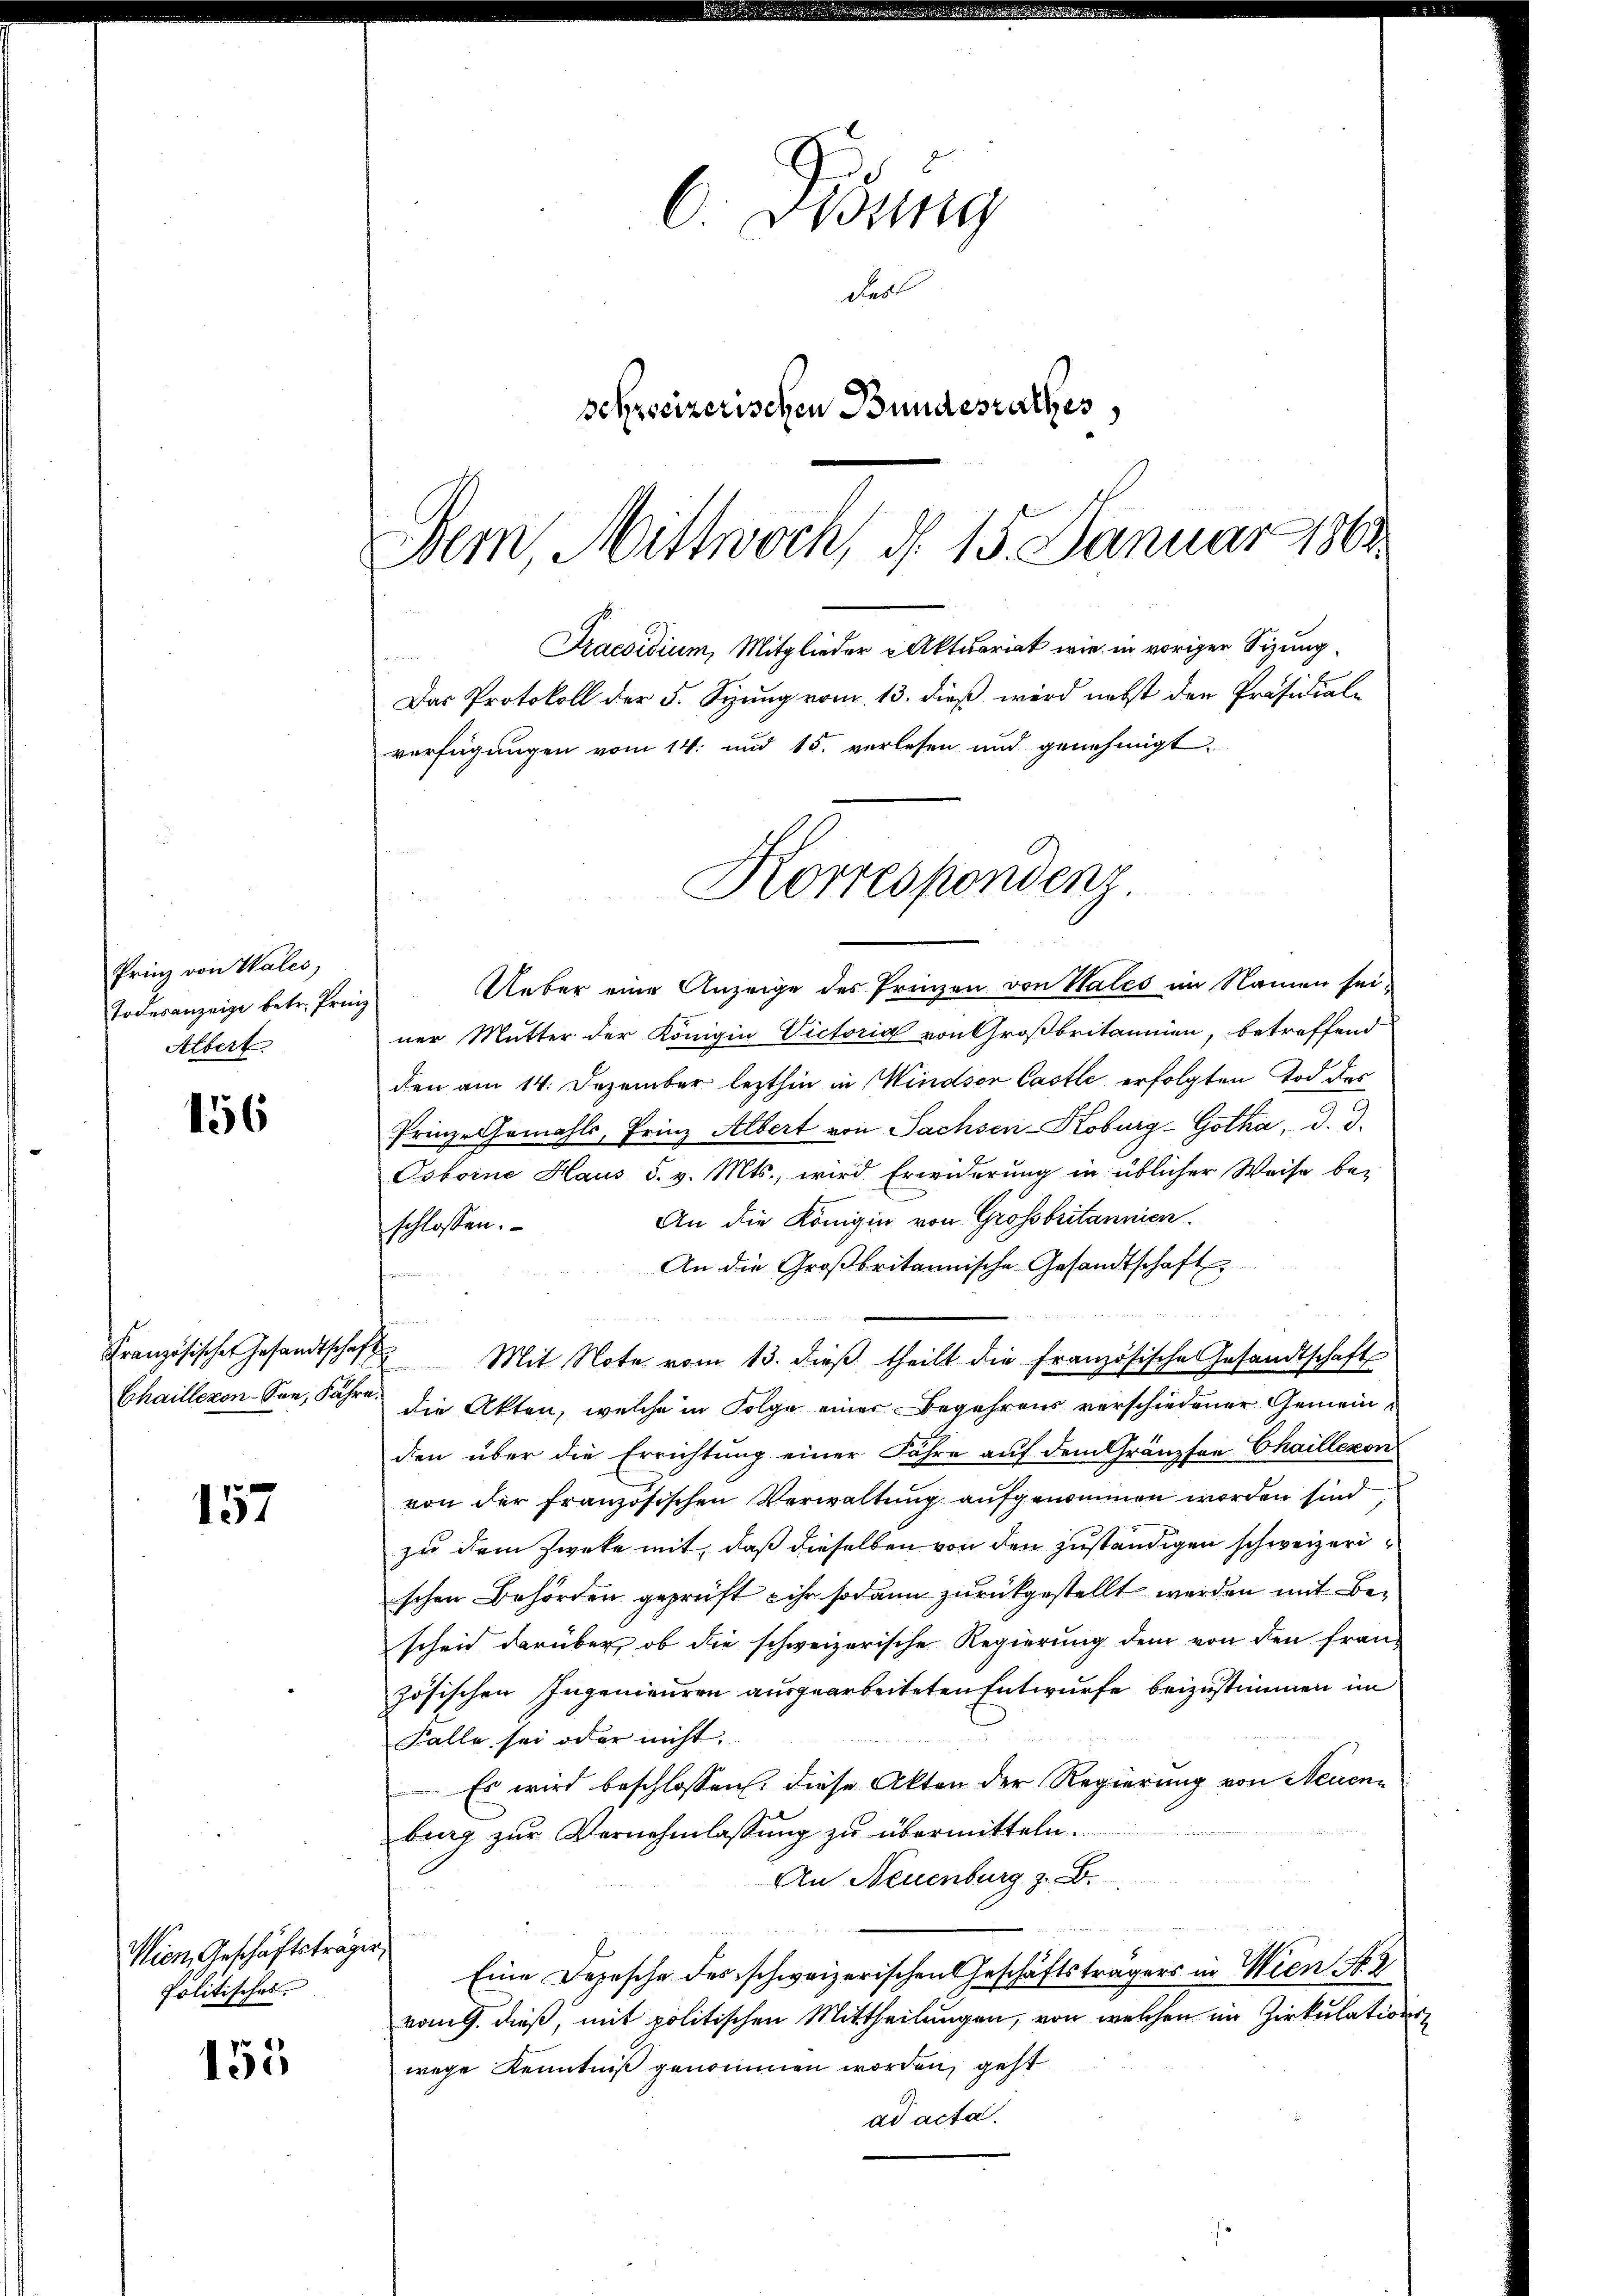
Prinz von Wales,
Todesanzeige betr. Prinz
Albert.

156

Französischer Gesandtschaf
Chaillezon-Son, Fahr

157

Wien, Geschäftsträger
Politisches

155

C. Weing
des
schreizerischen Bundesrathes
Dem Mittwoch, d. 15. Januar 1862.

Praesidium, Mitglieder Aktuariat wie in voriger Sizung¬
Das Protokoll der 5. Syung vom 13. dieß wird nebst den Präsidial-
verfügungen vom 14. und 15. verlesen und genehmigt.
Ueber eine Anzeige des Prinzen von Hales im Namen seiner Mutter der Königin Victoria von Großbritannien, betreffend
den am 14. Dezember lezthin in Windsor Castle erfolgten Tod des
Prinz-Gemahls, Prinz Albert von Sachsen-Koburg-Gotha, d. d.
Osborne Haus S. v. Mts., wird Erwiderung in üblicher Weise be-
An die Königin von Grossbritannien.
schlossen:
An die Großbritannische Gesandtschaft
¬
Mit Note vom 13. dieß theilt die Französische Gesandtschaft
14
die Akten, welche in Folge einer Begehrens verschiedener Gemeinden über die Errichtung einer Jahre auf dem Gränzfon Chaillexon
von der französischen Verwaltung aufgenommen worden sind
zu dem Zwecke mit, daß dieselben von den zuständigen schweizerischen Behörden geprüft ihr sodann zurückgestellt werden mit Beschen darüber, ob die schweizerische Regierung dem von den fran-
zösischen Ingenieuren ausgearbeiteten Entwurfe beizustimmen im
Falle sei oder nicht.
Es wird beschlossen: diese Akten der Regierung von Neuenburg zŭr Vernehmlassŭng zŭ übermitteln.
An Neuenburg z. B.

Eine Depesche des schweizerischen Geschäftsträgers in Wien No. 2
vom 9. dieß, mit politischen Mittheilungen, von welchen im Zirkulationswege Kenntniß genommen worden, geht
ad acta.

Korrespondenz